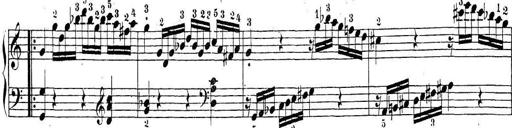
Title: Sonatina Album
Composer: Louis KÃ¶hler